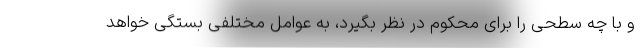
و با چه سطحی را برای محکوم در نظر بگیرد، به عوامل مختلفی بستگی خواهد